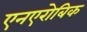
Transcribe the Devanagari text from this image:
एनएरोबिक